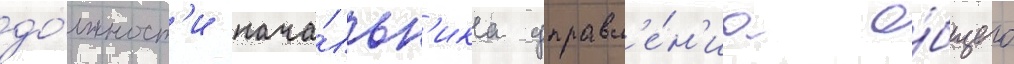
до́лжност'и нача́льн'ика управл'е́н'иа о́бщего